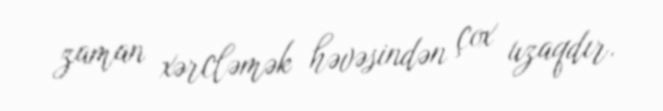
zaman xərcləmək həvəsindən çox uzaqdır.